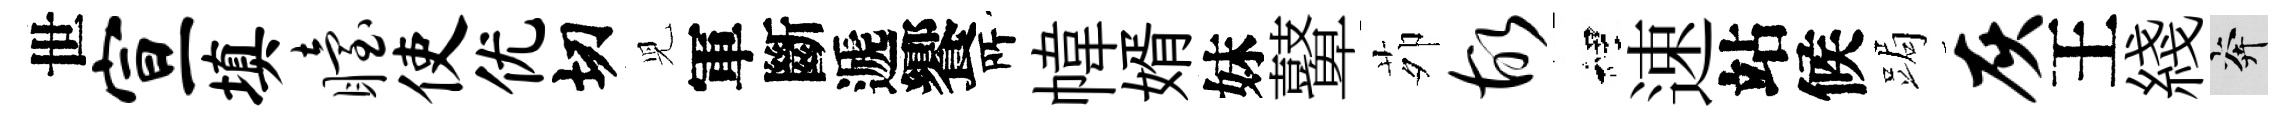
世宣填眙使优切児軍斷遞饗𠩄幃婿妹鼙茆故裡速站候跼灰王綫奔